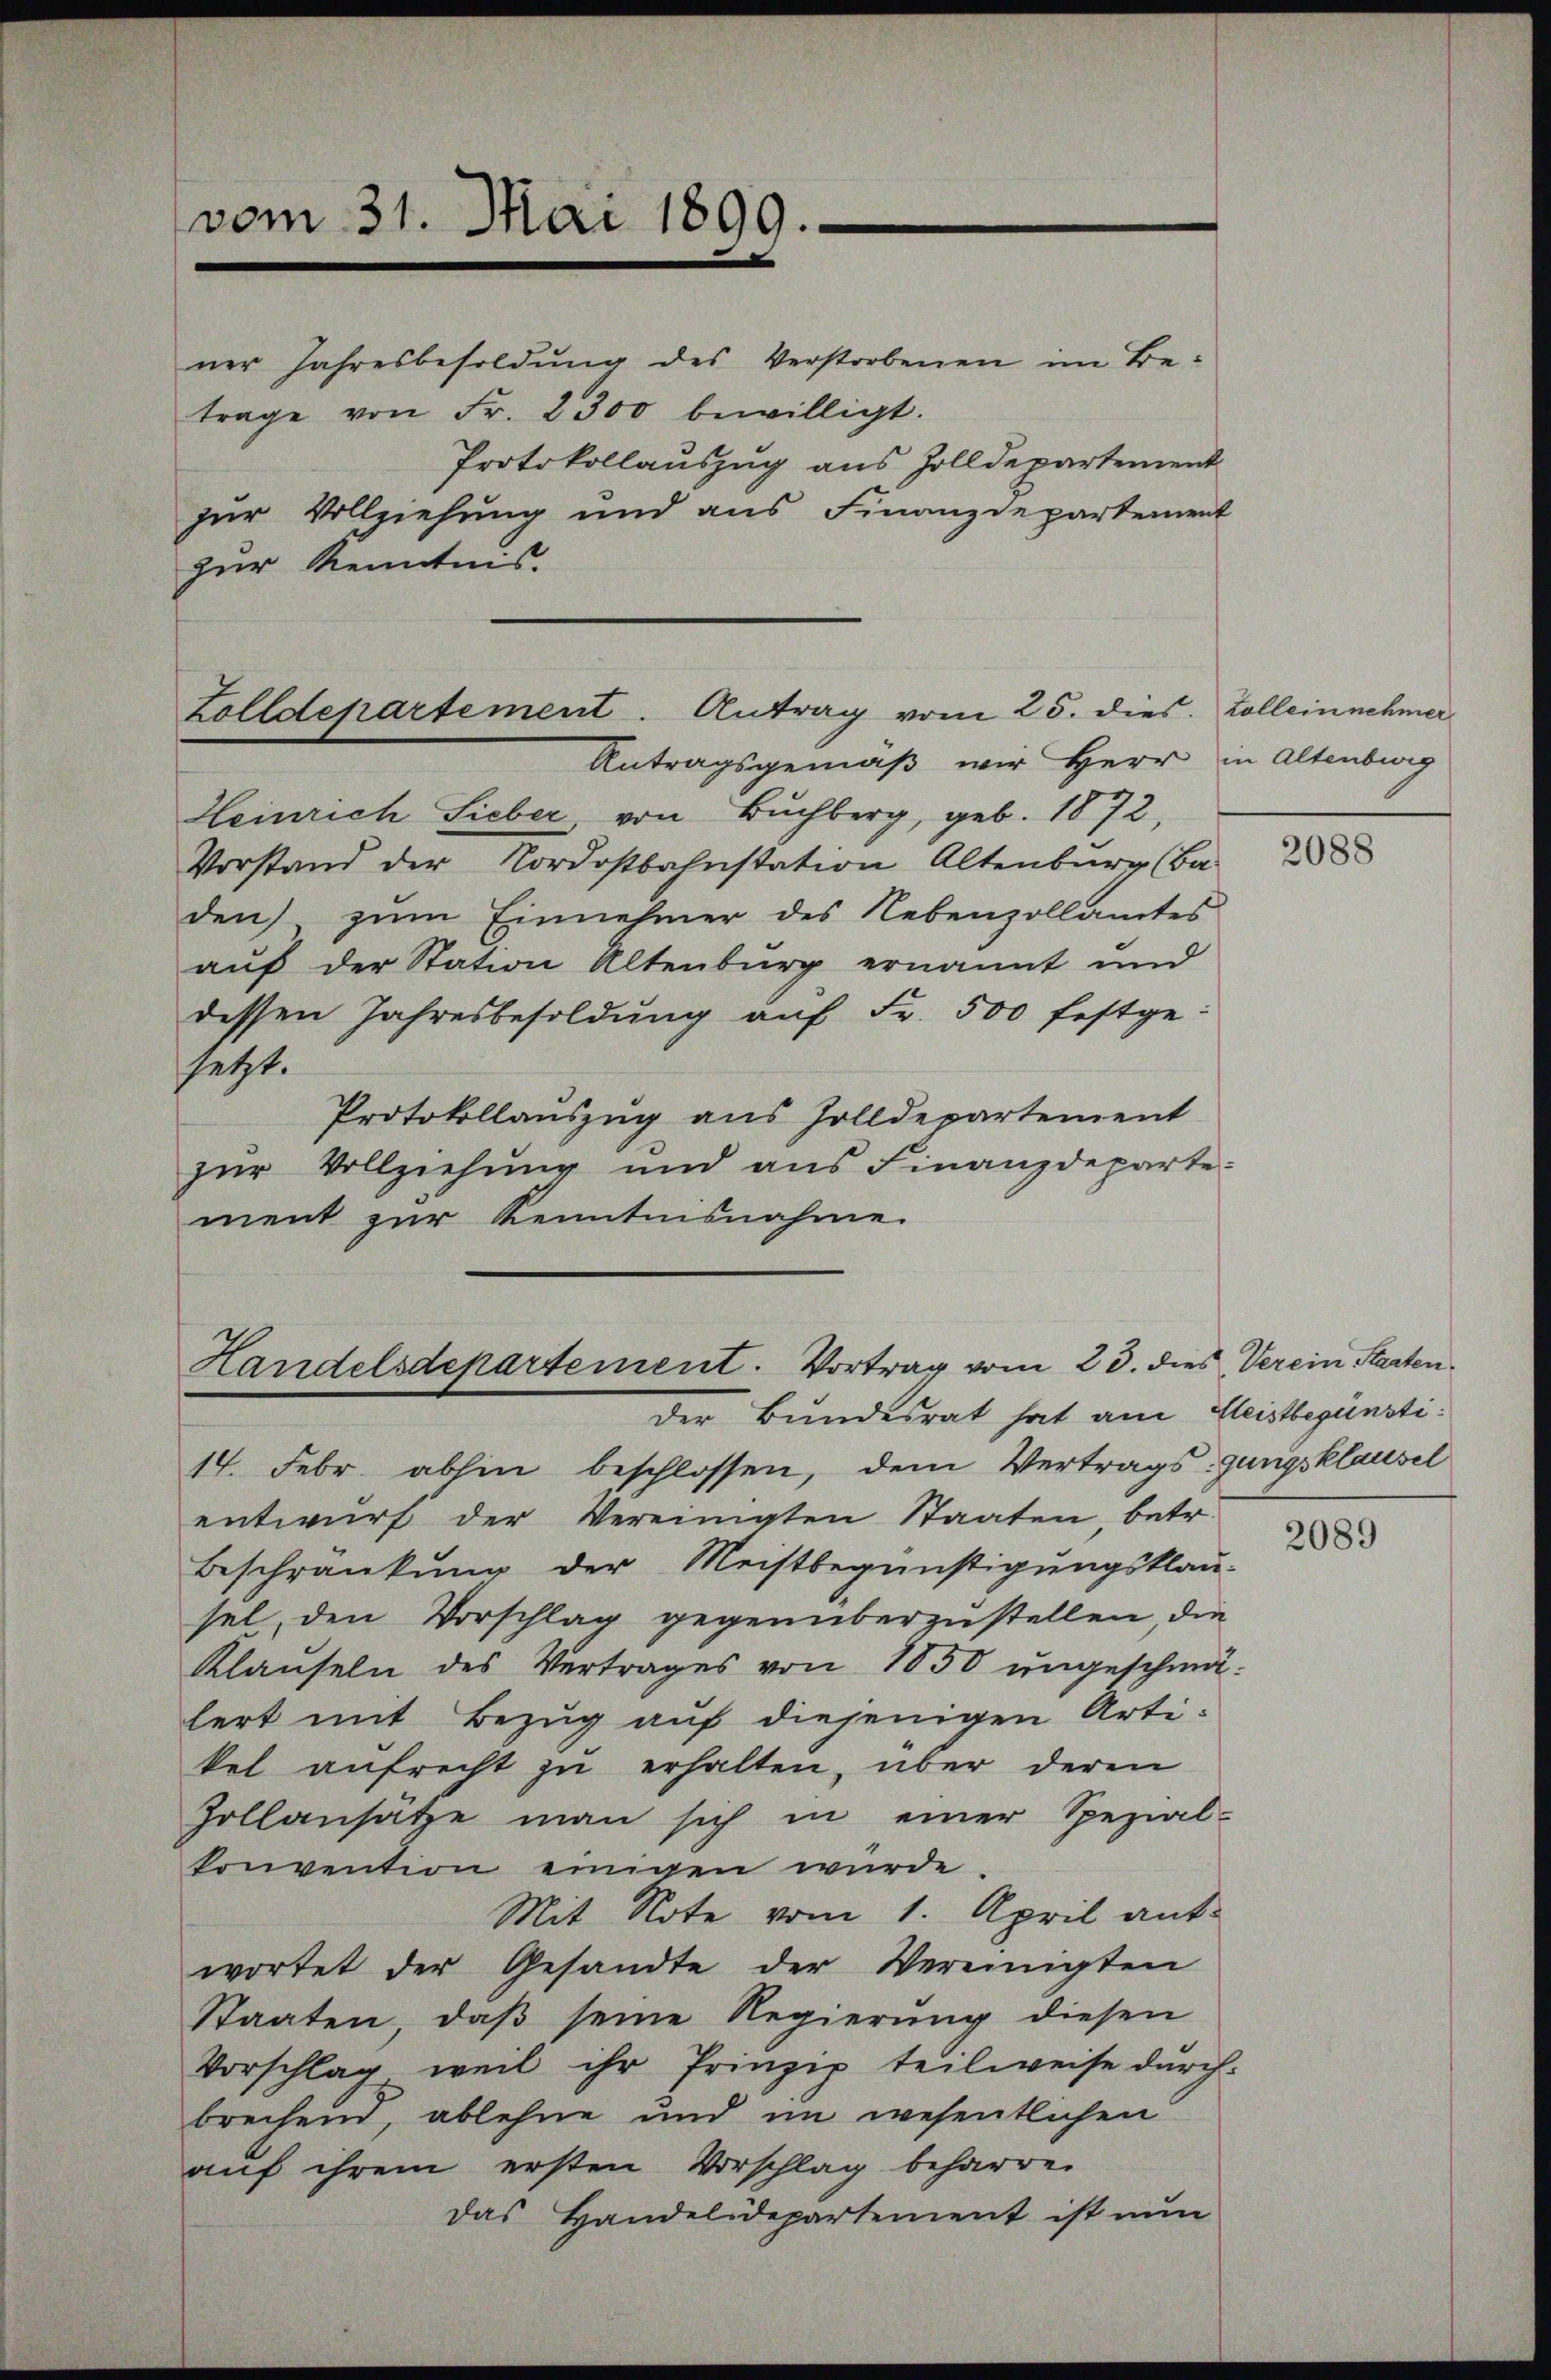
vom 31. Mai 1899.

ner Jahresbesoldung des Verstorbenen im Betrage von Fr. 2300 bewilligt.
Protokollauszug aus Zolldepartement
zur Vollziehung und aus Finanzdepartement
zur Kenntnis.

Zolldepartement. Antrag vom 25. dies. Collein nehmer

Antragsgemäß wir Herr in Altenburg
Heinrich Sieber, von Buchberg, geb. 1872,
Vorstand der Nordostbahnstation Altenburg (Ba-
den) zŭm Einnehmer des Nebenzollamtes
auf der Station Altenburg ernannt und
dessen Jahresbesoldung auf Fr. 500 festge-
setzt.
Protokollauszug aus Zolldepartement
zŭr Vollziehŭng und ans Finanzdeparte:
ment zur Kenntnisnahme.

Handelsdepartement. Vortrag vom 23. dies Verein Staaten.

der Bundesrat hat am Kleistbegünsti¬
14. Febr abhin beschlossen, dem Vertrags-gungsklausel
entwŭrf der Vereinigten Staaten, betr.
Beschränkung der Meistbegünstigungsklau-
sel, den Vorschlag gegenüberzustellen, die
Klauseln des Vertrages von 1850 ungeschmä-
lert mit Bezug auf diejenigen Artikel aufrecht zu erhalten, über deren
Zollansätze man sich in einer Spezial-
konvention einigen würde.
Mit Note vom 1. April ant-
wortet der Gesandte der Vereinigten
Staaten, daβ seine Regierŭng diesen
Vorschlag weil ihr Prinzip teilweise durch-
brechend, ablehne und im wesentlichen
auf ihrem ersten Vorschlag beharren
Das Handelsdepartement ist nun

2088

2089